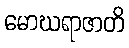
မောဃရာဇာတိ